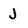
Character: J